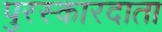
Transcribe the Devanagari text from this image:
पुरस्कारदाता